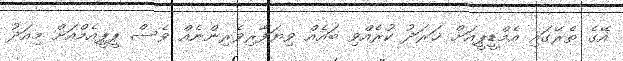
އޭގެ ތެރޭގައި އެމްޑީޕީއަށް ޚަރަދު ކުރެއްވި ބައެއް ވިޔަފާރިވެރިންނެއް ވެސް ޕީޕީއެމްއަށް މިއަދު